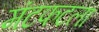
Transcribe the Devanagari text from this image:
मंटफटला